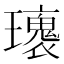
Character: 𤪿